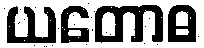
ယတောဓ